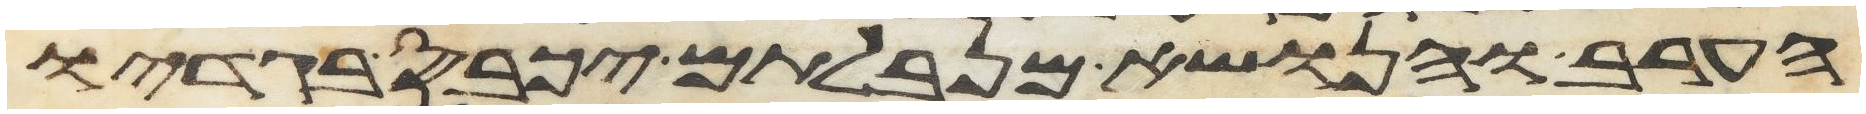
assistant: הערב והנשא מנבלתם יכבס בגדיו